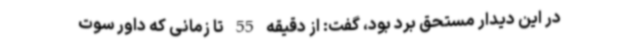
در این دیدار مستحق برد بود، گفت: از دقیقه 55 تا زمانی که داور سوت